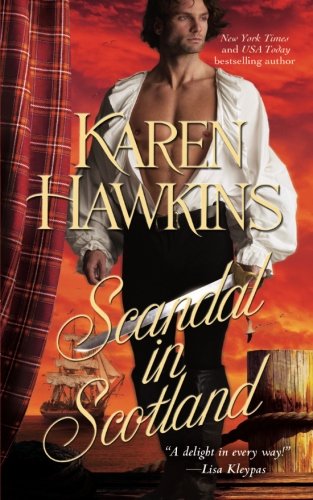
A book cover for Scandal in Scotland (The Hurst Amulet); Karen Hawkins; Romance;